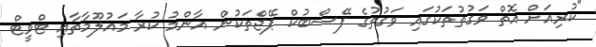
"ކުރިއަށް އޮތް ވަގުތުތަކުގައި ވަގުތުގެ ފޭސްބުކް ޕޭޖްތަކުން އާންމު ކުރާ މައުލޫމާތާއި ޓްވީޓް